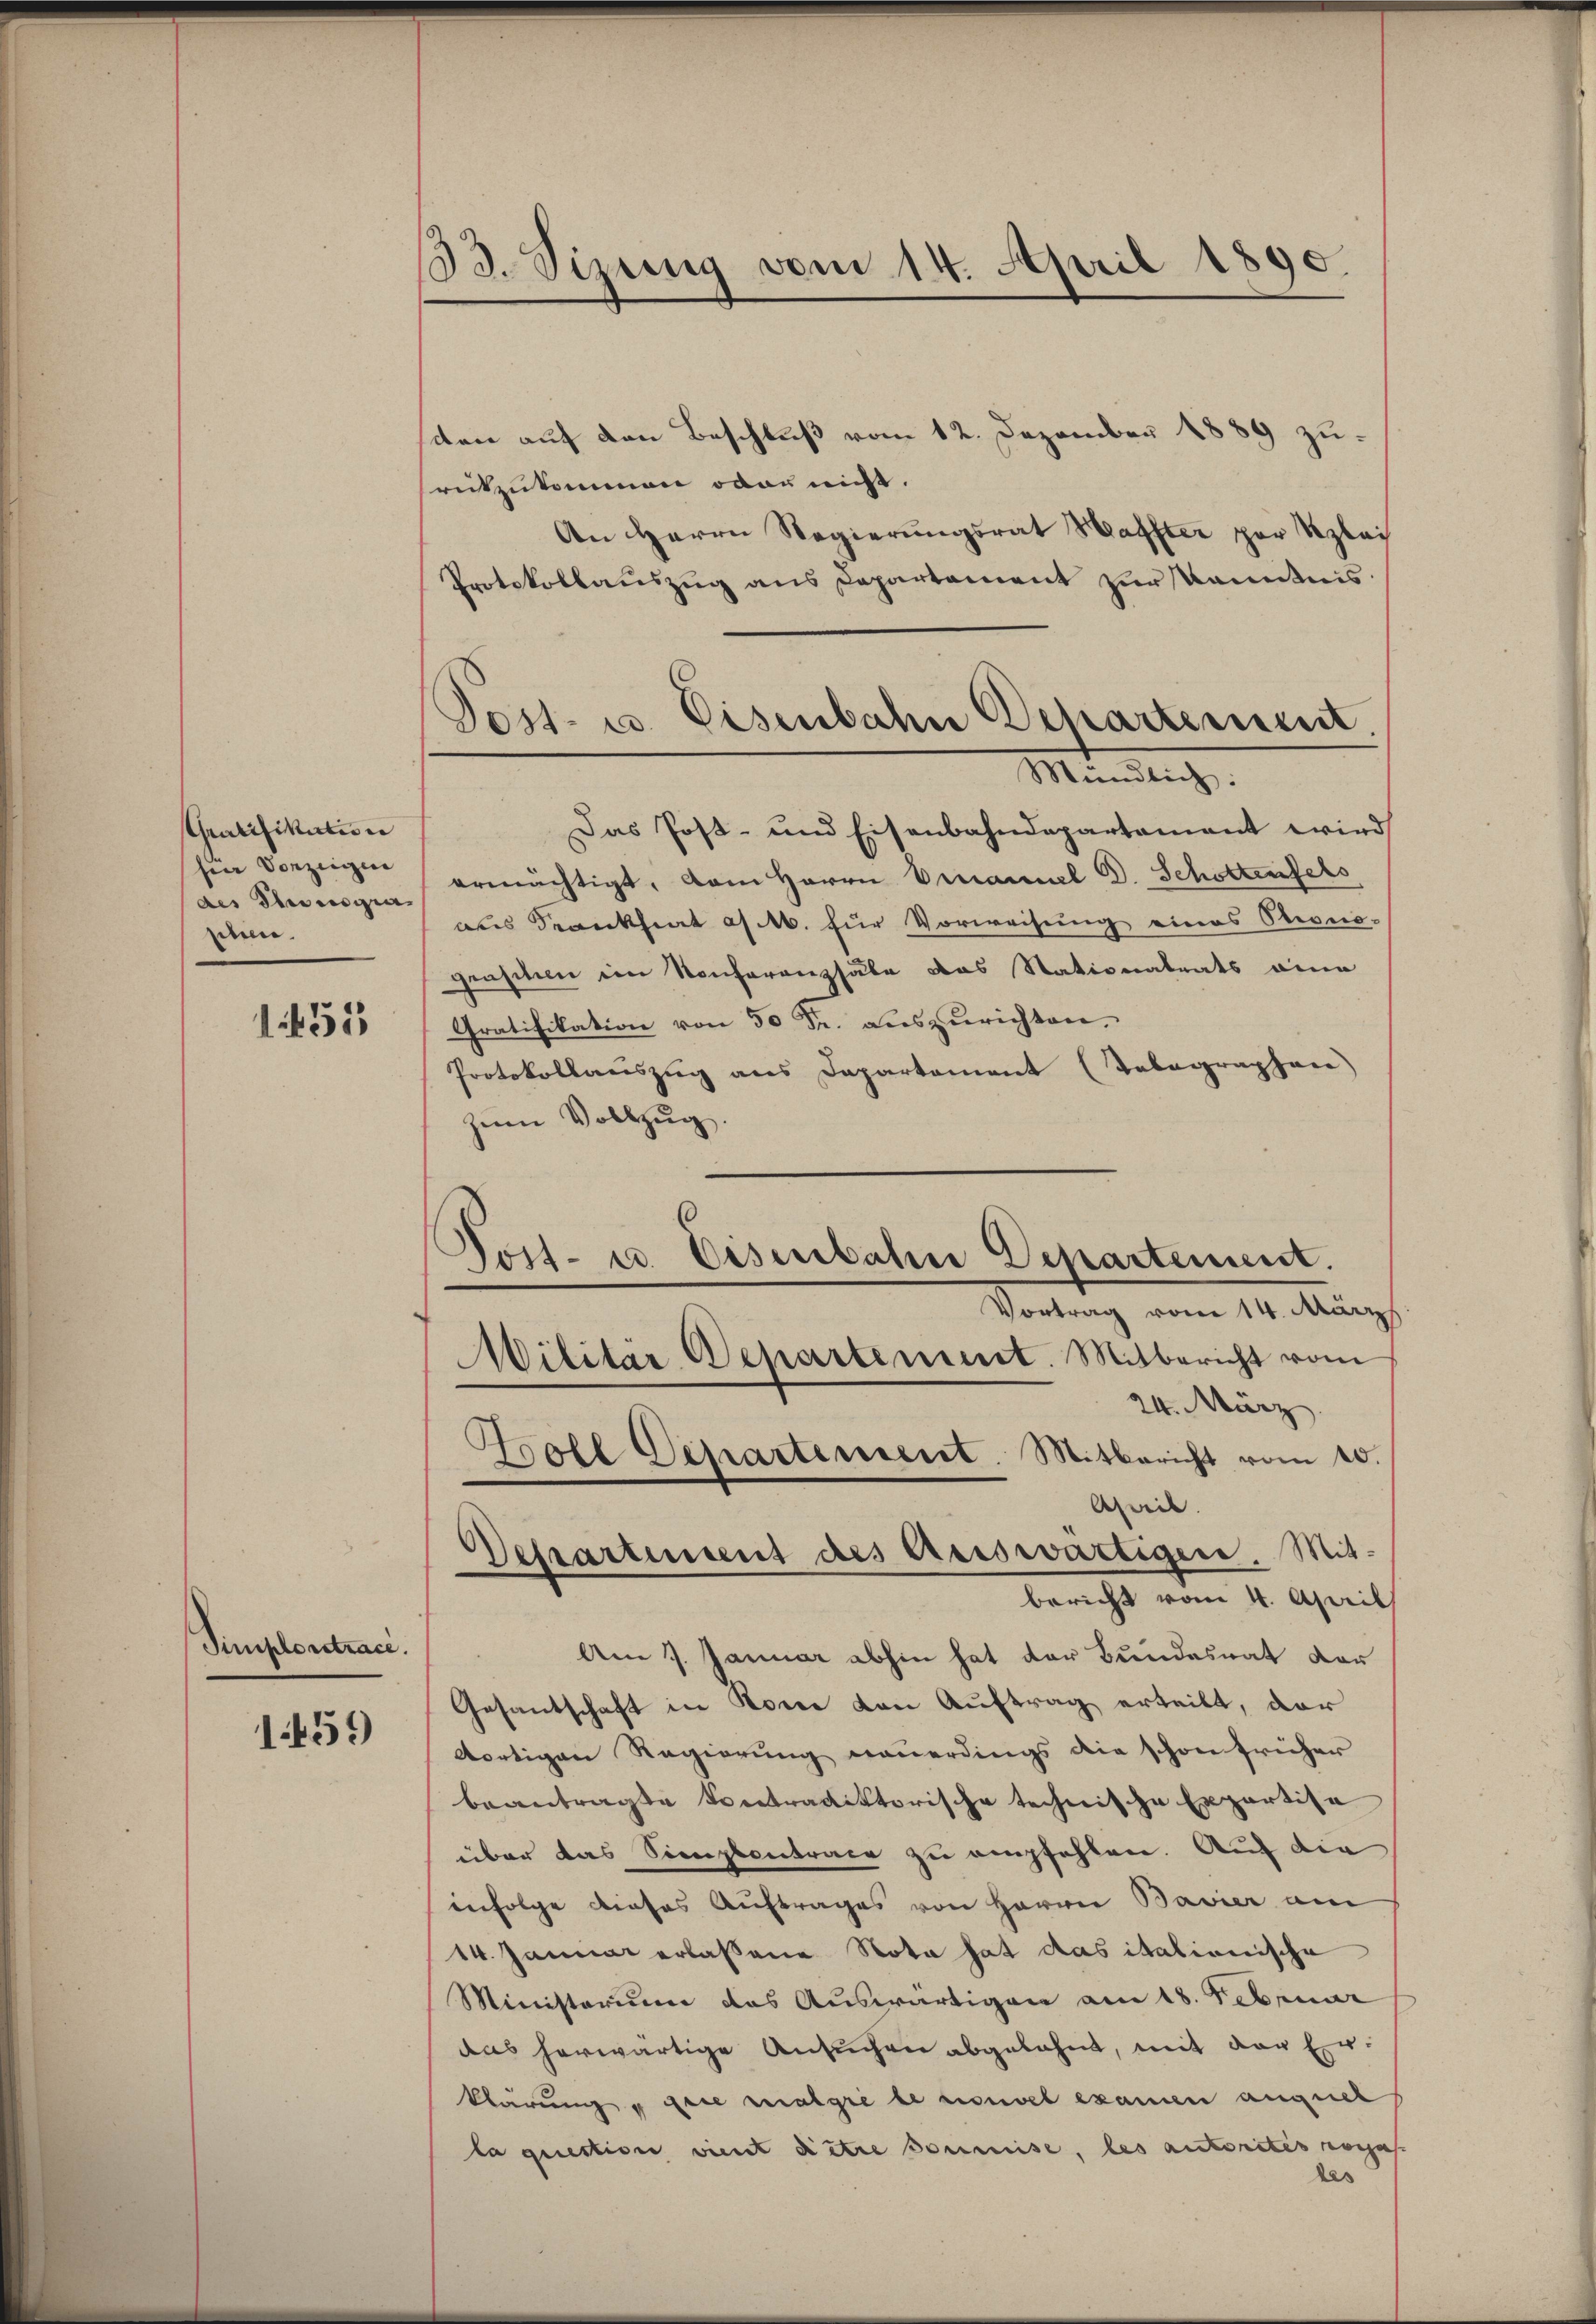
Gratifikation
hier Vorzeigen
des Thorisgie
selern.

1655

Simploretrace.

1459

33. Sizung vom 14. April 1890.

Jost- u. Eisenbahn Departement.
Mündlich:

dten auf den Beschluß vom 12. Dezember 1889 zurückzukommen oder nicht.
An Herrn Regierungsrat Waffter per Klei
Protokollauszug aus Departement zur Kenntnis.
Das Post- und Eisenbahndepartament wird
ermächtigt, dem Herrn Viannel C. Schottenfels
aus Krankheit a M. für Vorweisung eines Oriono-
graschen in Konferenzsäle das Stationatrats eine
Gratifikation von 50 Fr. auszurichten.
Protokollauszug aus Departement (Telegraphan
zum Vollzug.
Vortrag vom 14. März
Militär Departement. Mitbericht vom
24. März
Boll Departement. Mitbericht vom 20.
Aheil.
Departement des Ariswärtigere. Mitbericht vom 4. April
Am 7. Januar abhin hat der Bundesrat vor
Gesantschaft in Konce von Auftrag erteilt, der
dortigen Regierung neuerdings die schon früher
beantragte Vertradiktorische technische Exportisa
über das Simplentrage zu empfehlen. Auf die
infolge dieses Auftrages von Herrn Bavier am
14. Januar erlassene Nota hat das italionische
Ministerium das Auswärtigen am 18. Februar
aas herwärtige Ansuchen abgelehnt, mit der Erklärung u gere malgre le nouvel examen auquel
la question vient dietre soumise, les autorites noch
des

Post- u. Eisenbahne Departement.